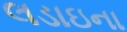
લડાઇના